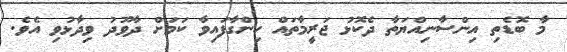
މާ ބޮޑެތި އިންސާނިއްޔަތާ ދެކޮޅު ޖަރީމާތައް ހިންގާފައިވާ ކަމަށް ދާވޫދު ވިދާޅުވި އެވެ.